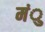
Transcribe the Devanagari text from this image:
मंु